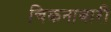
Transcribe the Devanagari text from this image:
चिकनाबारी